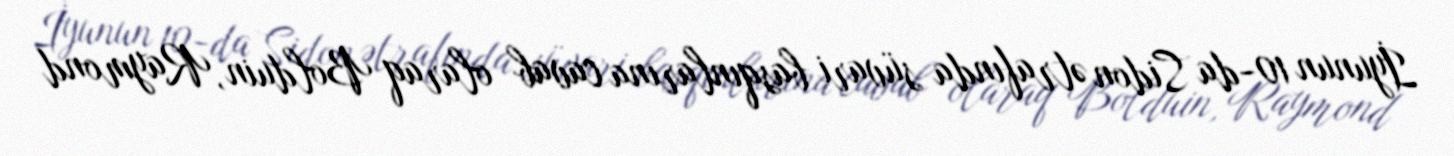
İyunun 10-da Sidon ətrafında süvari basqınlarına cavab olaraq Bolduin, Raymond